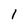
Character: I